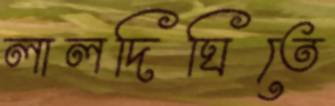
লালদিঘিতে